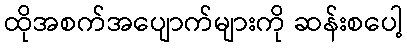
ထိုအစက်အပျောက်များကို ဆန်းစပေါ့